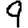
Digit: 9